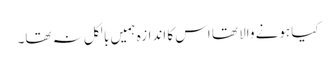
کیا ہونے والا تھا اس کا اندازہ ہمیں بالکل نہ تھا۔